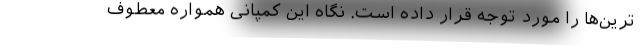
‌ترین‌ها را مورد توجه قرار داده است. نگاه این کمپانی همواره معطوف